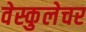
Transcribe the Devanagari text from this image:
वेस्कुलेचर